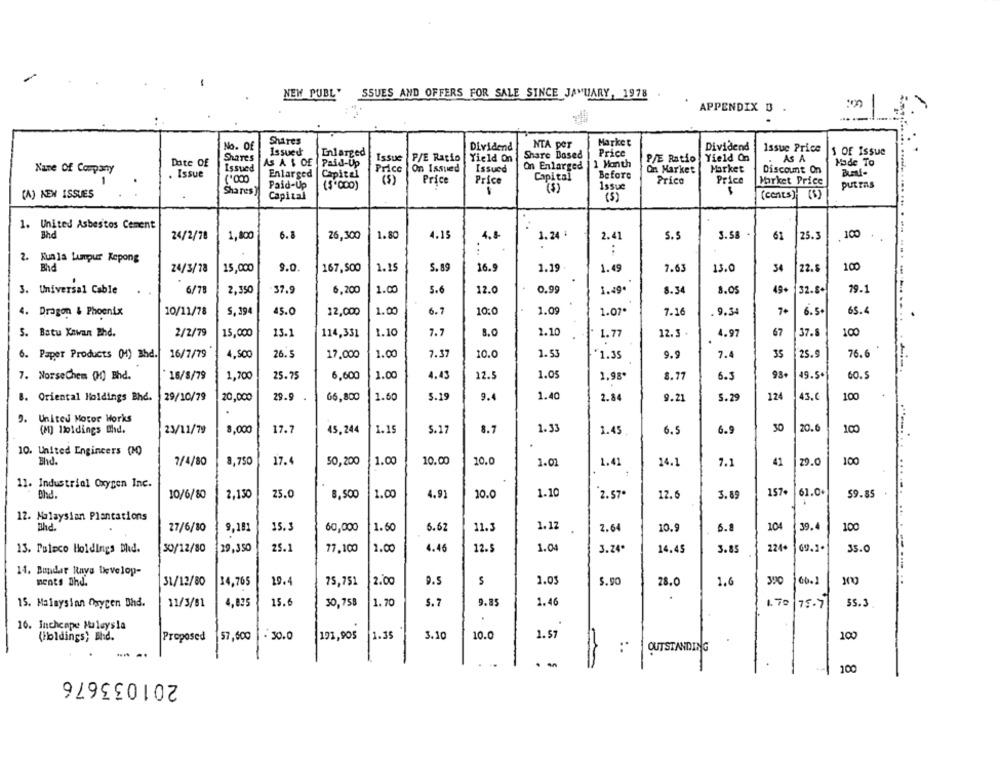
NEW PUBL'
SSUES AND OFFERS FOR SALE SINCE JANUARY, 1978
APPENDIX D .
Shares
NTA per
Market
No. Of
Issued
Enlarged
Dividend
Price
Dividend
Issue Price
S OF Issue
Shares
Issue
P/E Ratio
Yield On
Share Based
P/E Ratio
Yield On
AS A
Made To
Date Of
Issued
AS A $ OF
Paid-Up
On Issued
Issued
On Enlarged
1 Month
Market
Name Of Company
Issue
Enlarged
Capital
Price
Before
On Market
Discount On
BuLi-
.. .
Price
Price
Capital
Price
Price
Market Price
Shares ]
Paid-Up
($'000)
($)
Issue
putras
(A) KEN ISSUES
Capital
(5)
(conts)
1. United Asbestos Cement
Bhd
24/2/78
1,800
6.8
26,300
1.80
4.15
4.8
1.24 4
2.41
S.S
61
25.3
100
:
2. Kuala Lumpur Kepong
1.15
5.89
100
24/3/78
15,000
9.0.
167,500
16.9
1.19
1.49
7.63
15.0
34
22.5
6/78
2,350
37.9
6,200
1.00
5.6
12.0
0.99
8.34
8.05
49+
32.8.
79.1
3. Universal Cable
1.49.
. Dragon & Phoenix
10/11/78
S. 394
45.0
12,000
1.00
6.7
10:0
1.09
1.07*
7.16
. 9.34
6. 5.
65.4
5. Batu Xewan Bhd.
2/2/79
15,000
13.1
114,331
1.10
7.7
8.0
2.10
1.77
12.3
4.97
67
37.5
100
. Paper Products (M) Bhd.
16/7/79
4,500
26.5
17,000
1.00
7.37
10.0
1.53
1.35
9.9
7.4
35
25.9
76.6
1.05
93+
49.50
7. NorseChem 00) Bhd.
16/8/79
1,700
25.75
6,600
1.00
4.43
12.5
1.98*
8.17
6.3
60.5
29.9
5.19
9.4
1.40
124
100
8. Oriental Holdings Bhd.
29/10/79
20,000
66,800
1.60
2.84
9.21
5.29
9. United Motor Works
20.
(M) Holdings Bhd.
23/11/79
8,000
17.7
45,244
1.19
5.1
8.7
1.33
1.45
6.5
6.9
30
100
10. United Engineers (M)
Blid.
7/4/80
8,750
17.4
50,200
1.00
10.00
10.0
1.01
1.41
14.1
7.1
41
29.0
100
11. Industrial Oxygen Inc.
Ohd.
10/6/80
25.0
1.00
4.91
1.10
2.57*
157
61.0.
59.85
2,130
8,500
10.0
12.6
3.89
12. Malaysian Plantations
ahd.
1.50
1.12
39.
100
27/6/80
9,181
15.3
60,000
6.62
11.2
2.64
10.9
6.8
104
30/12/80
129,350
25.1
77,100
1.00
4.46
12.
1.04
3.24.
14.45
3.85
224+
35.0
13. Poleco Holdings Dhd.
14. Bundar Rays Develop-
ments 2hd.
31/12/80
24,765
19.
75,751
2.00
9.5
S
1.03
5.90
28.0
1.6
350
15.6
1.70
5.7
9.85
1.46
55.3
15. Malaysian Oxygen Bhd.
11/3/81
4,835
30,758
1.70
75- 7
16. Inchcape Haleysla
(Holdings; Ehd.
Proposed
57,600
- 30.0
191,905
1.35
3.10
10.0
1.57
100
-...
:*
OUTSTANDING
--
100
201033676